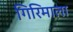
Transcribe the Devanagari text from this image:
गिरिमाला